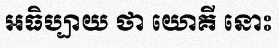
អធិប្បាយ ថា យោគី នោះ